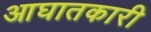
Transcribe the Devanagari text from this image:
आघातकारी